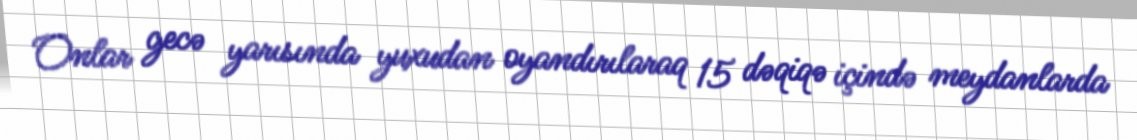
Onlar gecə yarısında yuxudan oyandırılaraq 15 dəqiqə içində meydanlarda